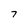
Character: 7